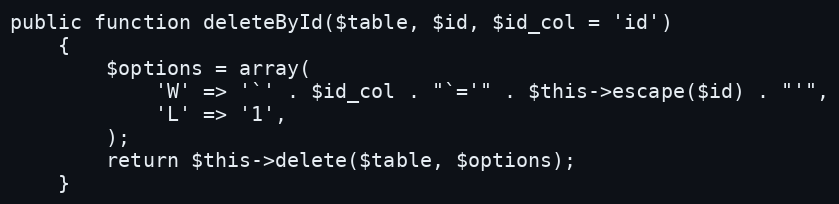
Language: PHP
public function deleteById($table, $id, $id_col = 'id')
    {
        $options = array(
            'W' => '`' . $id_col . "`='" . $this->escape($id) . "'",
            'L' => '1',
        );
        return $this->delete($table, $options);
    }